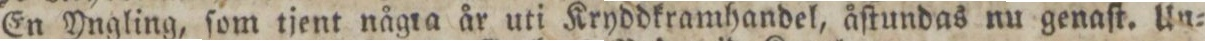
En Yngling, ſom tjent någta år uti Kryddkramhandel, åſtundas nu genaſt. Un=